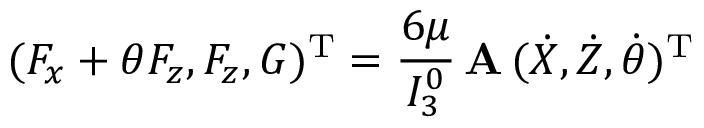
( F _ { x } + \theta F _ { z } , F _ { z } , G ) ^ { \mathrm { T } } = \frac { 6 \mu } { I _ { 3 } ^ { 0 } } \, { \bf A } \, ( \dot { X } , \dot { Z } , \dot { \theta } ) ^ { \mathrm { T } }